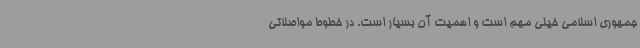
جمهوری اسلامی خیلی مهم است و اهمیت آن بسیار است. در خطوط مواصلاتی